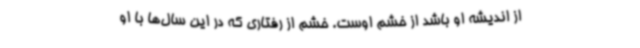
از اندیشه او باشد از خشم اوست. خشم از رفتاری که در این سال‌ها با او